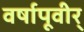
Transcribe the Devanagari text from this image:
वर्षापूवीर्